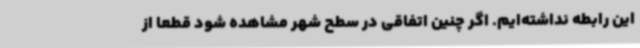
این رابطه نداشته‌ایم. اگر چنین اتفاقی در سطح شهر مشاهده شود قطعا از